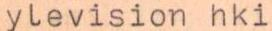
ylevision hki